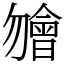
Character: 𣍐